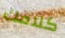
كلامك